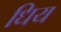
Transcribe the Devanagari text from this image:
धिय